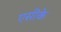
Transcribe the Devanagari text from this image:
एसीके